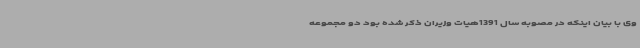
وی با بیان اینکه در مصوبه سال 1391هیات وزیران ذکر شده بود دو مجموعه